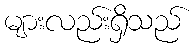
များလည်းရှိသည်